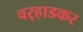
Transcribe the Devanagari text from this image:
वर्‍हाडकर